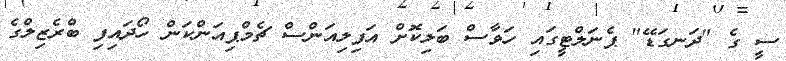
ސީ ގެ "ދަނގަޑޭ" ޕެނަލްޓީގައި ހަވާސް ބަލިކޮށް އަފިލިއަންސް ޗެމްޕިއަންކަން ހޯދައިފި ބްރެޒިލްގެ